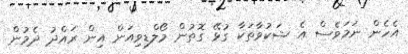
އެހެން ނަމަވެސް އެ ޝަކުވާތަކާ ގުޅޭ ގޮތުން މޯލްޑިވިއަން އިން ރައްދު ދެމުން